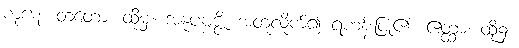
ကုဋေ။ တတော၊ ထိုမှ။ အနုပဗ္ဗဇ္ဇိ၊ အတူလိုက်၍ ရဟန်းပြု၏။ ဧတ္ထာ၊ ထို၌။